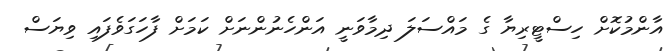
އާންމުކޮށް ހިސްޓީރިޔާ ގެ މައްސަލަ ދިމާވަނީ އަންހެނުންނަށް ކަމަށް ފާހަގަވެފައި ވިޔަސް